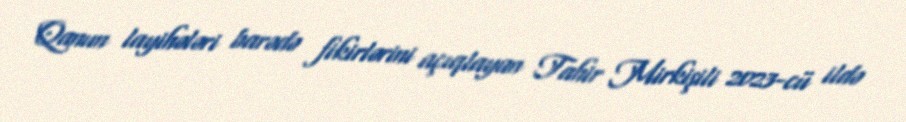
Qanun layihələri barədə fikirlərini açıqlayan Tahir Mirkişili 2023-cü ildə